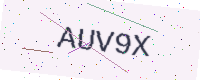
Text: AUV9X